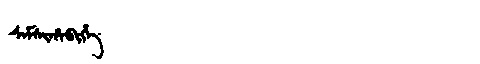
Manchu: ᠰᠠᠮᠰᡳᡥᠠᠪᡳᡥᡝ
Romanization: SAMSIHABIHE